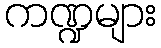
ကဏ္ဍများ